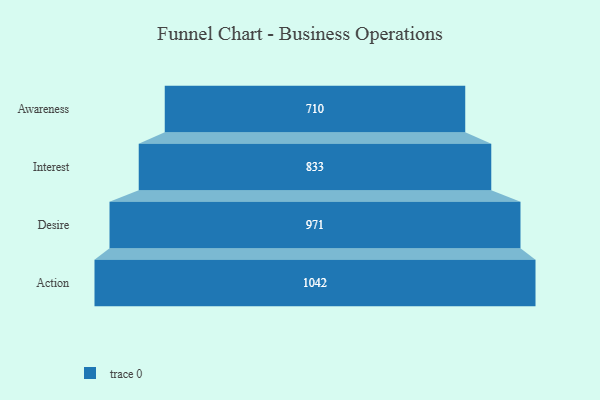
{"axis": {"x": "Stage", "y": "Value"}, "legend": [""], "data": [{"x": "Awareness", "y": 710.0, "type": ""}, {"x": "Interest", "y": 833.0, "type": ""}, {"x": "Desire", "y": 971.0, "type": ""}, {"x": "Action", "y": 1042.0, "type": ""}]}